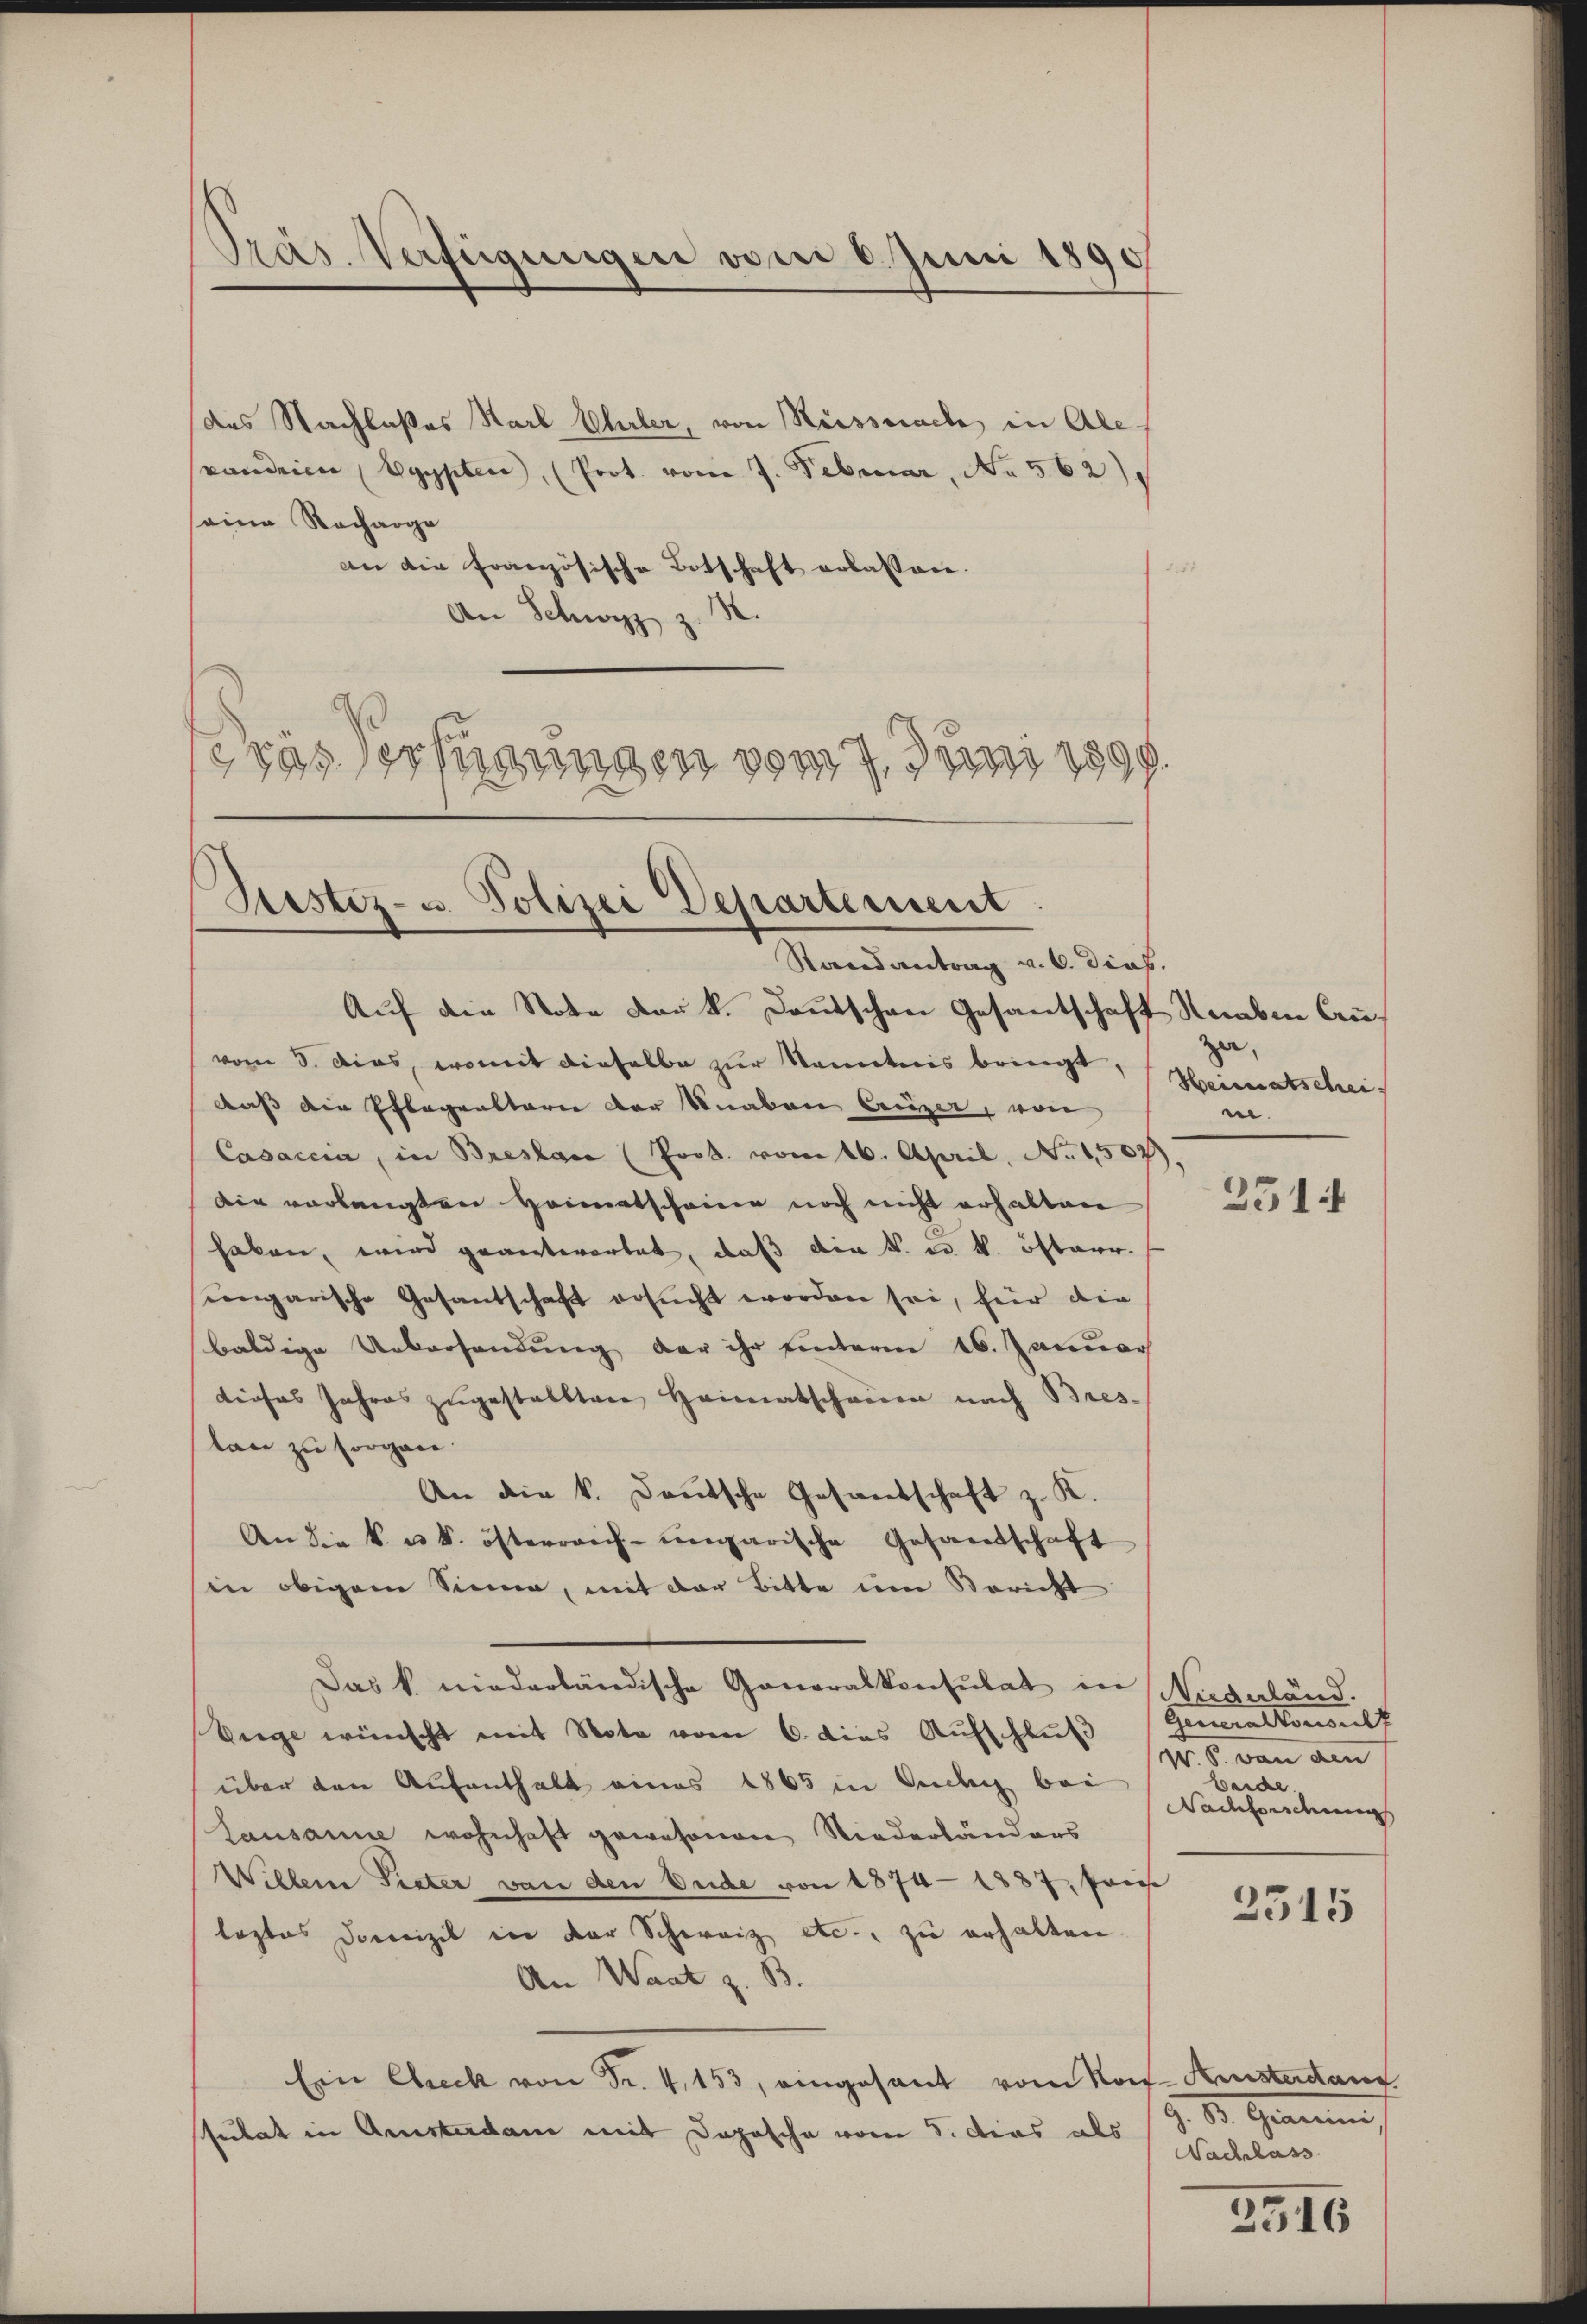
Präs. Verfügungen vom 6. Juni 1890

des Nachlaßes Karl Eller, von Küssnach in Alevanderen (Egypten, (Prot. vom 7. Februar, No 562)
seine Racharge
an die Französische Botschaft erlassen.
An Schwyz z.
das erfügungen vom 7. Juni 1899.

Sistiz- u. Polizei Departement
Randantrag v. 6. dies.

Auf die Note der k. Deutschen Gesantschaft Knaben Cruvom 3. dies, womit dieselbe zur Nametnis bringt,
daß die Pflegensterie der Knaben Creizer, von
Casaccia, in Breslau (Prod. vom 16. April, No 1507
die verlangten Heimatscheiner noch nicht erhalten
haben, wird geantwortet, daß die k. u. k. österr.
cengarische Gesantschaft ersucht worden sei, für die
baldige Uebersendung der ihr unterm 16. Januar
tioses Jahres zŭgestellten Heimatschauen nach Bres-
tan zu sorgen.
An die k. Deutsche Gesandschaft z. K.
An die k. u. k. österreich-ungarische Gesandschaft
in obigem Sinne, mit der Bitte um Bericht
Das k. niederländische Generalkonsulat in Niederländ.
Enge wünscht mit Note vom 6. dies Aufschluß
über den Aufenthalt eines 1865 in Suchig bei
Lausanne wohnhaft gewesenen Niederländers
Willem Pieter von den Ende von 1874 - 1887, Paris
leztes Domizil in der Schweiz etc., zu erhalten.
An Waat z. B.
Ein Ehreck von Fr. 4, 153, eingesant vom Not-Kristerdauf
stulat in Amsterdan mit Daposche vom 8. Das als

zer,
Heimatschei
n.

2514

Generalkonsult
W. B. von den
beide.
Nachforschnung

2315

1. Gemein
Nachlass

2516